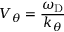
V _ { \theta } = \frac { \omega _ { \mathrm { D } } } { k _ { \theta } }